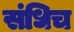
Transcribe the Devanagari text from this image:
संधिच